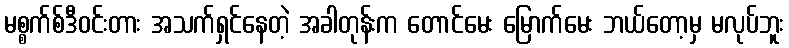
မစ္စက်စ်ဒီဝင်းတား အသက်ရှင်နေတဲ့ အခါတုန်းက တောင်မေး မြောက်မေး ဘယ်တော့မှ မလုပ်ဘူး